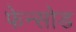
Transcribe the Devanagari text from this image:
फेन्सोड